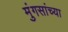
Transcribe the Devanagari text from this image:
मुंगसांच्या